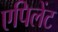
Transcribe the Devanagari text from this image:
एपिलेंट